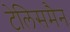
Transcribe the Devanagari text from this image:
टेलिसमैन